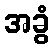
အခွံ